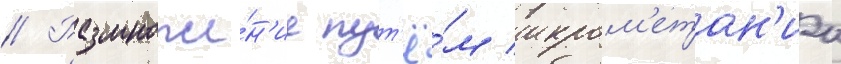
// Размноже́н'ие пут'ё́м икром'етан'иа